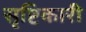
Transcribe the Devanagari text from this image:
सृष्टिकारी